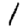
Digit: 1